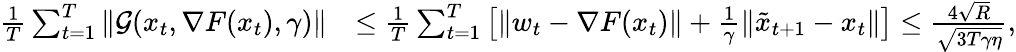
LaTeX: \begin{array}{rl}{\frac{1}{T}\sum_{t=1}^{T}\| \mathcal{G}(x_{t},\nabla F(x_{t}),\gamma)\| }&{\leq\frac{1}{T}\sum_{t=1}^{T}\big[\| w_{t}-\nabla F(x_{t})\| +\frac{1}{\gamma}\| \tilde{x}_{t+1}-x_{t}\| \big]\leq\frac{4\sqrt{R}}{\sqrt{3T\gamma\eta}},}\end{array}